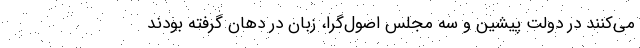
می‌کنند در دولت پیشین و سه مجلس اصول‌گرا، زبان در دهان گرفته بودند